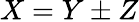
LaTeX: X=Y\pm Z